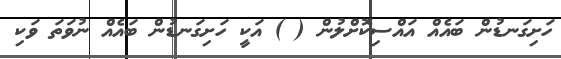
ހަށިގަނޑުން ބައެއް އައްސިކޮށްލުން ( ) އަކީ ހަށިގަނޑުން ބައެއް ނުވަތަ ވަކި